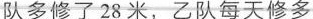
队多修了28米，乙队每天修多